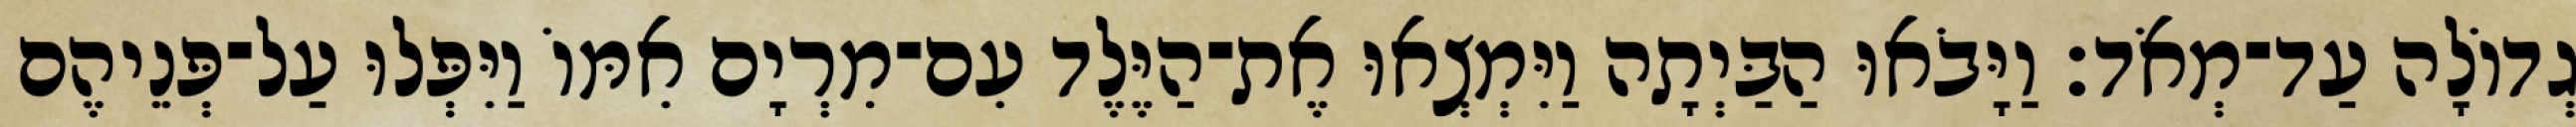
גְדוֹלָה עַד־מְאֹד׃ וַיָּבֹאוּ הַבַּיְתָה וַיִּמְצְאוּ אֶת־הַיֶּלֶד עִם־מִרְיָם אִמּוֹ וַיִּפְּלוּ עַל־פְּנֵיהֶם